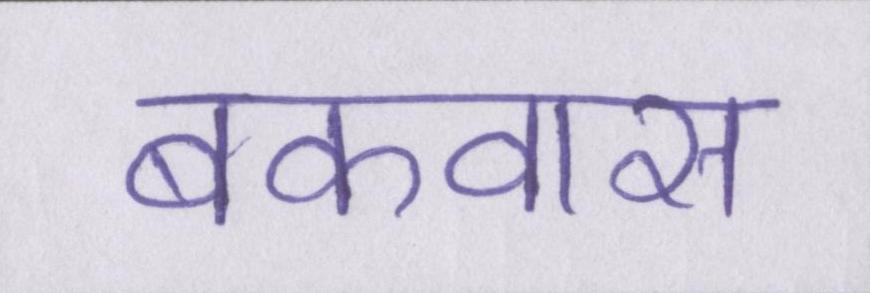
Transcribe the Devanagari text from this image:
बकवास